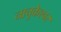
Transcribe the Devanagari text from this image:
नाचुकेश्वर